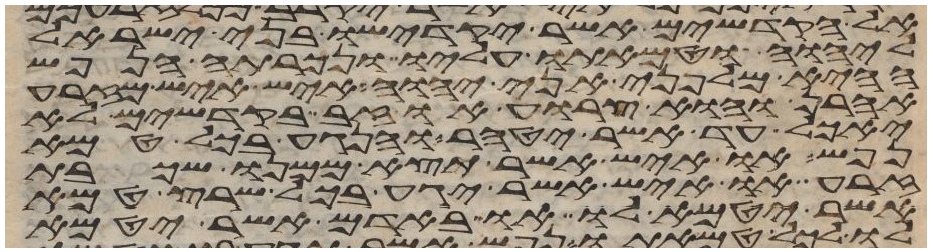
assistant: אל הקדשים אשר יקדישו בני ישראל
ליהוה וטמאתו עליו ונכרתה הנפש
ההיא מלפני אני יהוה איש איש מזרע
אהרן והוא צרוע או זב בקדשים לא
יאכל עד אשר יטהר והנגע בכל טמא
נפש או איש אשר תצא ממנו שכבת
זרע או איש אשר יגע בכל שרץ טמא
אשר יטמא לו או באדם אשר יטמא